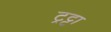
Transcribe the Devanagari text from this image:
ट्रट्टा